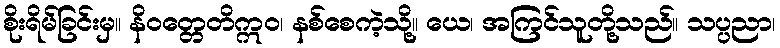
စိုးရိမ်ခြင်းမှ။ နိဝတ္တေတိဣဝ၊ နစ်စေကဲ့သို့။ ယေ၊ အကြင်သူတို့သည်။ သပ္ပညာ၊